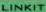
LINKIT